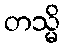
တသ္မိ